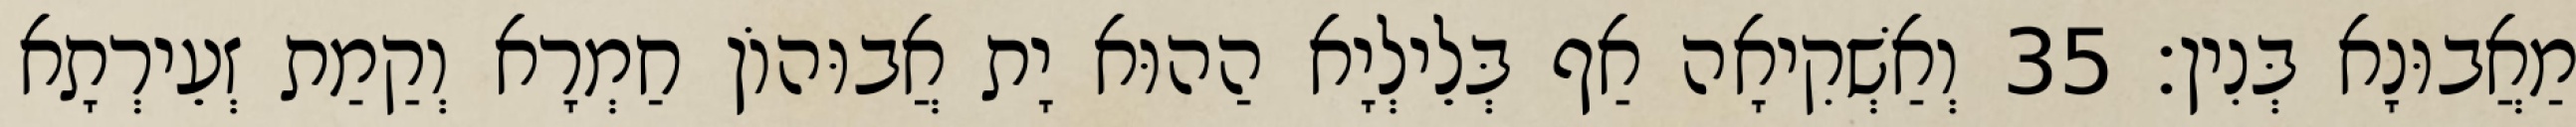
מַאֲבוּנָא בְּנִין׃ 35 וְאַשְׁקִיאָה אַף בְּלֵילְיָא הַהוּא יָת אֲבוּהוֹן חַמְרָא וְקַמַת זְעֵירְתָא